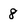
Character: 8